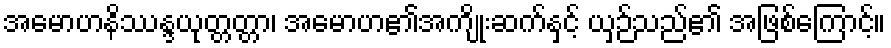
အမောဟနိဿန္ဒယုတ္တတ္တာ၊ အမောဟ၏အကျိုးဆက်နှင့် ယှဉ်သည်၏ အဖြစ်ကြောင့်။